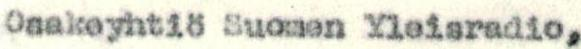
Osakeyhtiö Suomen Yleisradio,